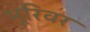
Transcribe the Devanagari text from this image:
भूरिवर